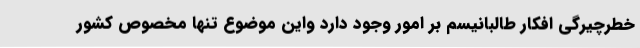
خطرچيرگي افكار طالبانيسم بر امور وجود دارد واين موضوع تنها مخصوص كشور